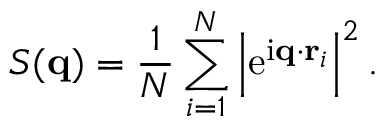
S ( \mathbf { q } ) = \frac { 1 } { N } \sum _ { i = 1 } ^ { N } \left| \mathrm { e } ^ { \mathrm { i } \mathbf { q } \cdot \mathbf { r } _ { i } } \right| ^ { 2 } .